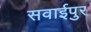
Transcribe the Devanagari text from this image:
सवाईपुर